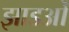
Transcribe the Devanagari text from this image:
झाडओं